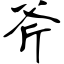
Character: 斧